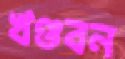
খণ্ডবন